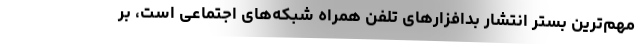
مهم‌ترین بستر انتشار بدافزارهای تلفن همراه شبکه‌های اجتماعی است، بر